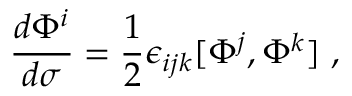
{ \frac { d \Phi ^ { i } } { d \sigma } } = { \frac { 1 } { 2 } } \epsilon _ { i j k } [ \Phi ^ { j } , \Phi ^ { k } ] \ ,